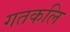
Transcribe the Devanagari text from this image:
गतकलि